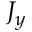
J _ { y }